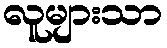
လူများသာ